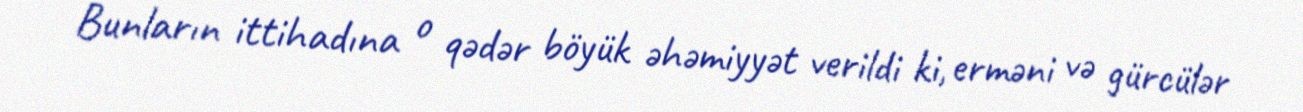
Bunların ittihadına o qədər böyük əhəmiyyət verildi ki, erməni və gürcülər